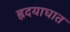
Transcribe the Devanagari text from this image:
ह्रदयाघात